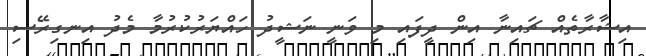
އިޝާރާތެއް ޗައިނާ އިން ދީފައި މި ވަނީ ނަޝީދު ހައްޔަރުކުރުމާ މެދު އިނގިރޭސި